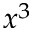
x ^ { 3 }